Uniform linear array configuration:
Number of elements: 64
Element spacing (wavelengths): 0.25
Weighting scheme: binomial
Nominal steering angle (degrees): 15
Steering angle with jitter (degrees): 16.389
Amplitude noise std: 0.05
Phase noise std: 0.05

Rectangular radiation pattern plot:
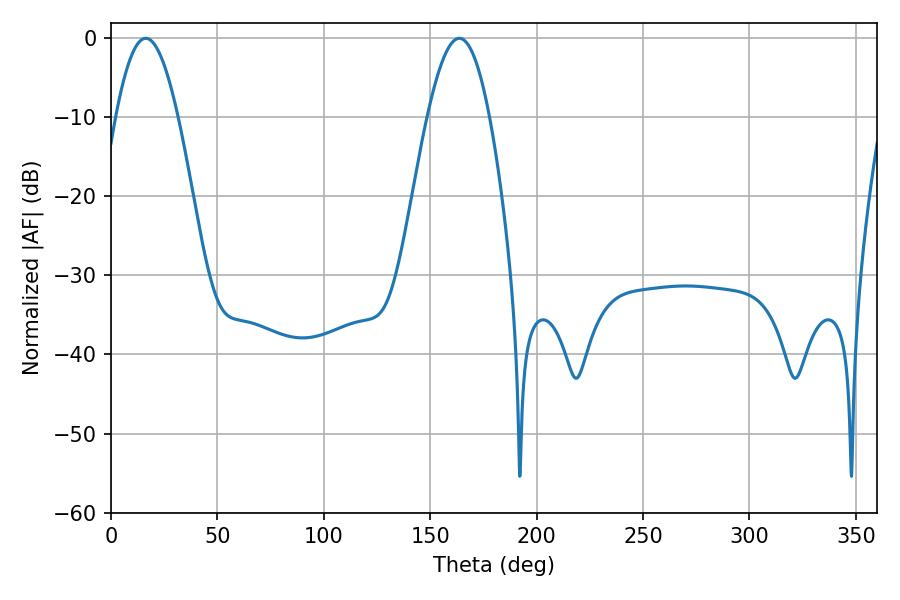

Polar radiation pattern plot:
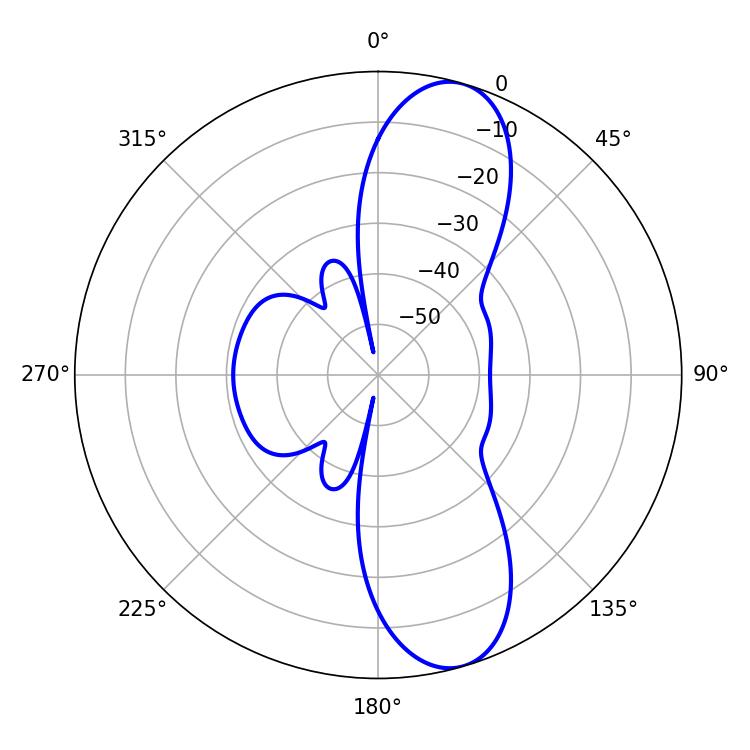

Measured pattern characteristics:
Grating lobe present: FALSE
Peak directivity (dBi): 10.711
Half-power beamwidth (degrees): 15.66
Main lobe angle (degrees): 16.38